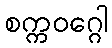
စက္ကဝဂ္ဂေါ